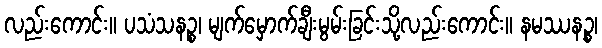
လည်းကောင်း။ ပသံသနဉ္စ၊ မျက်မှောက်ချီးမွမ်းခြင်းသို့လည်းကောင်း။ နမဿနဉ္စ၊